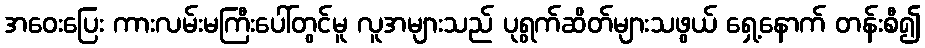
အဝေးပြေး ကားလမ်းမကြီးပေါ်တွင်မူ လူအများသည် ပုရွက်ဆိတ်များသဖွယ် ရှေ့နောက် တန်းစီ၍